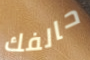
حالفك